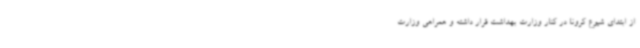
از ابتدای شیوع کرونا در کنار وزارت بهداشت قرار داشته و همراهی وزارت